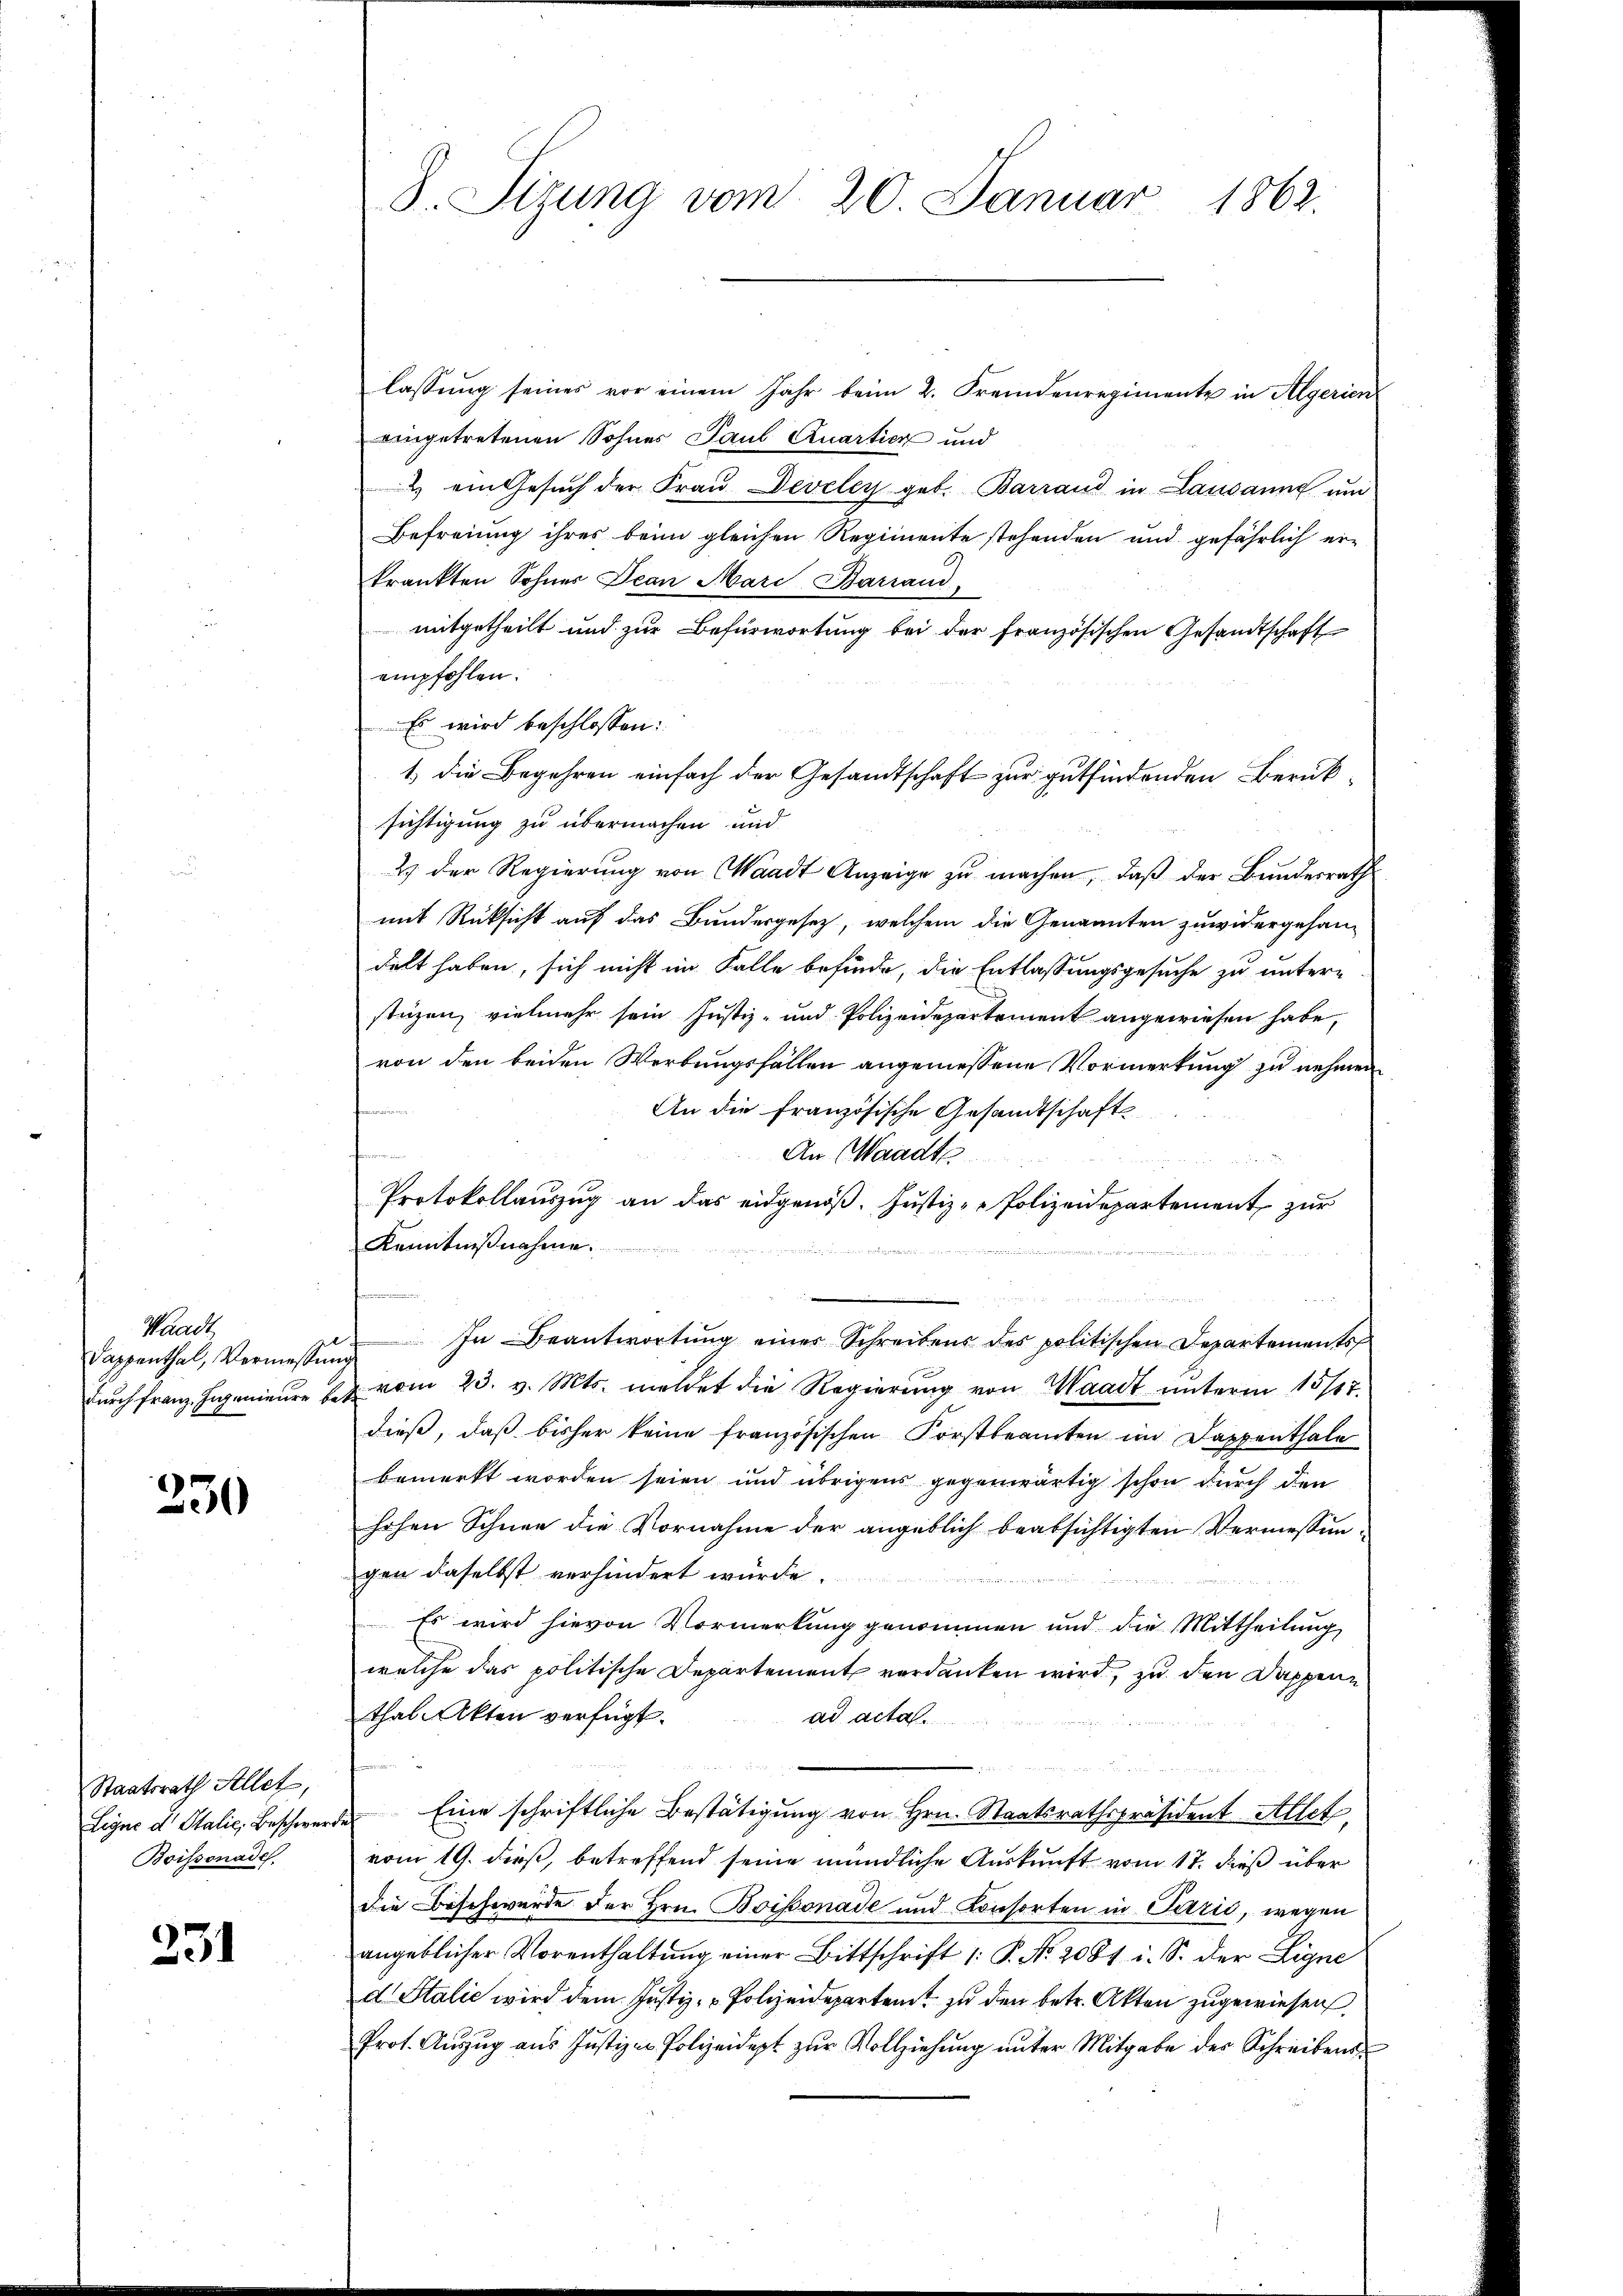
Waadt
Sappenthal, Vermessen
durch Franz, Ingenieure be¬

230

Staatsrath Allet,
Ligne d. Stalie, Beschwer
Boissonade

231

8. Sizung vom 20. Januar 1862.

lassung seines vor einem Jahr beim 2. Fremdenregimente in Algerien
eingetretenen Sohnes Paul Quartier und
2 ein Gesuch der Frau Develey geb. Barrand in Lausanne und
Befreiung ihres beim gleichen Regimente stehenden und gefährlich ein
trankten Sohner Jean Marc Barrand
mitgetheilt und zur Befürwortung bei der französischen Gesandtschaft
empfohlen.
Es wird beschlossen:
sichtigung zu übermachen und
2 der Regierŭng von Waadt Anzeige zŭ machen, daβ der Bundesrath
mit Rücksicht auf das Bundesgesetz, welchem die Genannten zuwidergehan-
delt haben, sich nicht im Falle befinde, die Entlassungsgesuche zu unter-
stüzen, vielmehr sein Justiz- und Polizeidepartement angewiesen habe,
von den beiden Werbungsfällen angemessene Vormerkung zu nehmen
An die französische Gesandtschaft
An Waadt
Protokollauszug an das eidgenöß. Justiz-Polizeidepartement zur
Kenntnißnahme.
e
In Beantwortung einer Schreibens des politischen Departements
i
 vom 23. v. Mts. meldet die Regierŭng von Waadt unterm 15/17.
dieß, daß bisher keine französischen Forstbeamten im Dappenthale
bemerkt worden seien und übrigens gegenwärtig schon durch den
hohen Schnee die Vornahme der angeblich beabsichtigten Vermessungen daselbst verhindert würde.
Es wird hievon Vormerkung genommen und die Mittheilung
welche das politische Departement verdanken wird, zu den Dappenthal Akten verfügt:
ad acta.
 Eine schriftliche Bestätigung von Hrn. Staatsrathspräsident Allet,
vom 19. dieß, betreffend seine mündliche Auskunft vom 17. dieß über
die Beschwerde der Hrn. Boissonade und Konsorten in Parić, wegen
angeblicher Vorenthaltung einer Bittschrift /: P. Nr. 2081 i. S. der Eigne
d. Stalie wird dem Justiz- & Polizeidepartent zu den betr. Akten zugewiesen.
Prot. Aŭszŭg ans Justiz- Polizeidept zŭr Vollziehŭng ŭnter Mitgabe des Schreibens

1) die Begehren einfach der Gesandtschaft zur gutfindenden Berük-